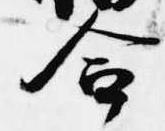
合